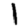
Digit: 1